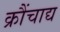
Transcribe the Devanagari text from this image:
क्रौंचाद्य